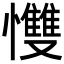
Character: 𢥠